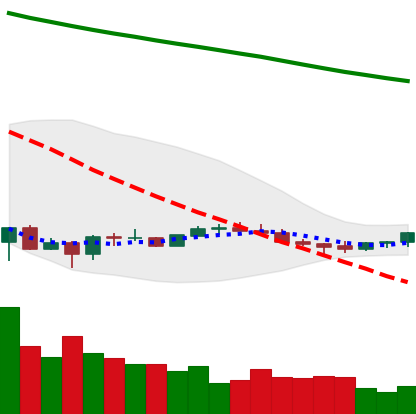
Ticker: EOS-USD
Chart end date: 2022-07-04
Forward return: 5.389%
Label: up_5_7